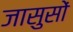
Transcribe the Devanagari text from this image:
जासुसों